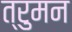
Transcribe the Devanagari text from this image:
त्रुमन